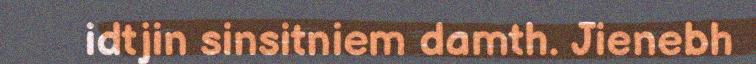
idtjin sinsitniem damth. Jienebh